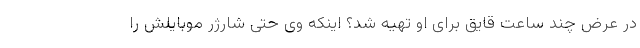
در عرض چند ساعت قایق برای او تهیه شد؟ اینکه وی حتی شارژر موبایلش را